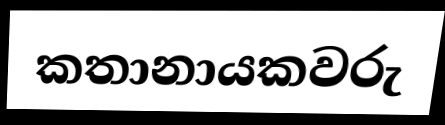
කතානායකවරු